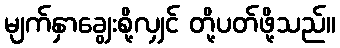
မျက်နှာချွေးစို့လျှင် တို့ပတ်ဖို့သည်။